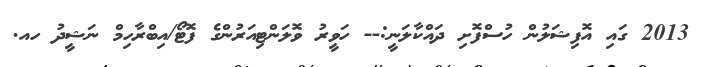
2013 ގައި އޮފިޝަލުން ހުސްފޮށި ދައްކާލަނީ:-- ހަވީރު ވޮލަންޓިއަރުންގެ ފޮޓޯ/އިބްރާހިމް ނަޝީދު ހއ.